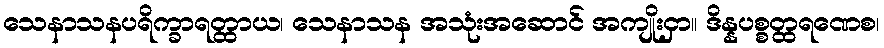
သေနာသနပရိက္ခာရတ္ထာယ၊ သေနာသန အသုံးအဆောင် အကျိုးငှာ။ ဒိန္နပစ္စတ္ထရဏေစ၊